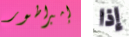
إمبراطور إذا